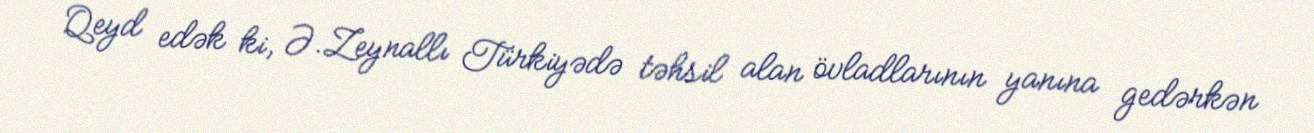
Qeyd edək ki, Ə.Zeynallı Türkiyədə təhsil alan övladlarının yanına gedərkən